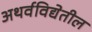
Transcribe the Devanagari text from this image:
अथर्वविद्येतील